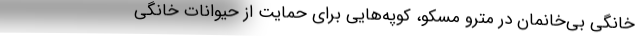
خانگی بی‌خانمان در مترو مسکو، کوپه‌هایی ‌برای حمایت از حیوانات خانگی